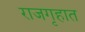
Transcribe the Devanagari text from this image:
राजगृहात